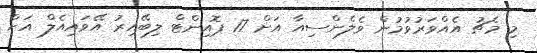
މި މެޗު އެއްވަރުވުމުން ވެލެންސިއާ އަށް 17 ޕޮއިންޓް ލިބޭއިރު އޭވައިއެލް އަށް